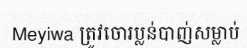
Meyiwa ត្រូវចោរប្លន់បាញ់សម្លាប់